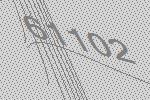
61102